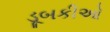
ડૂબકીઓ